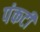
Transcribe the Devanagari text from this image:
पंकटी